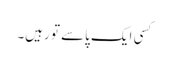
کسی ایک پاسے تو رہیں۔